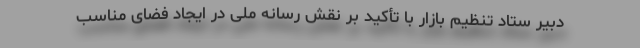
دبیر ستاد تنظیم بازار با تأکید بر نقش رسانه ملی در ایجاد فضای مناسب